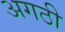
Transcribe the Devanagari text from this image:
अगठी